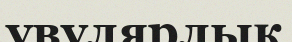
увулярлық